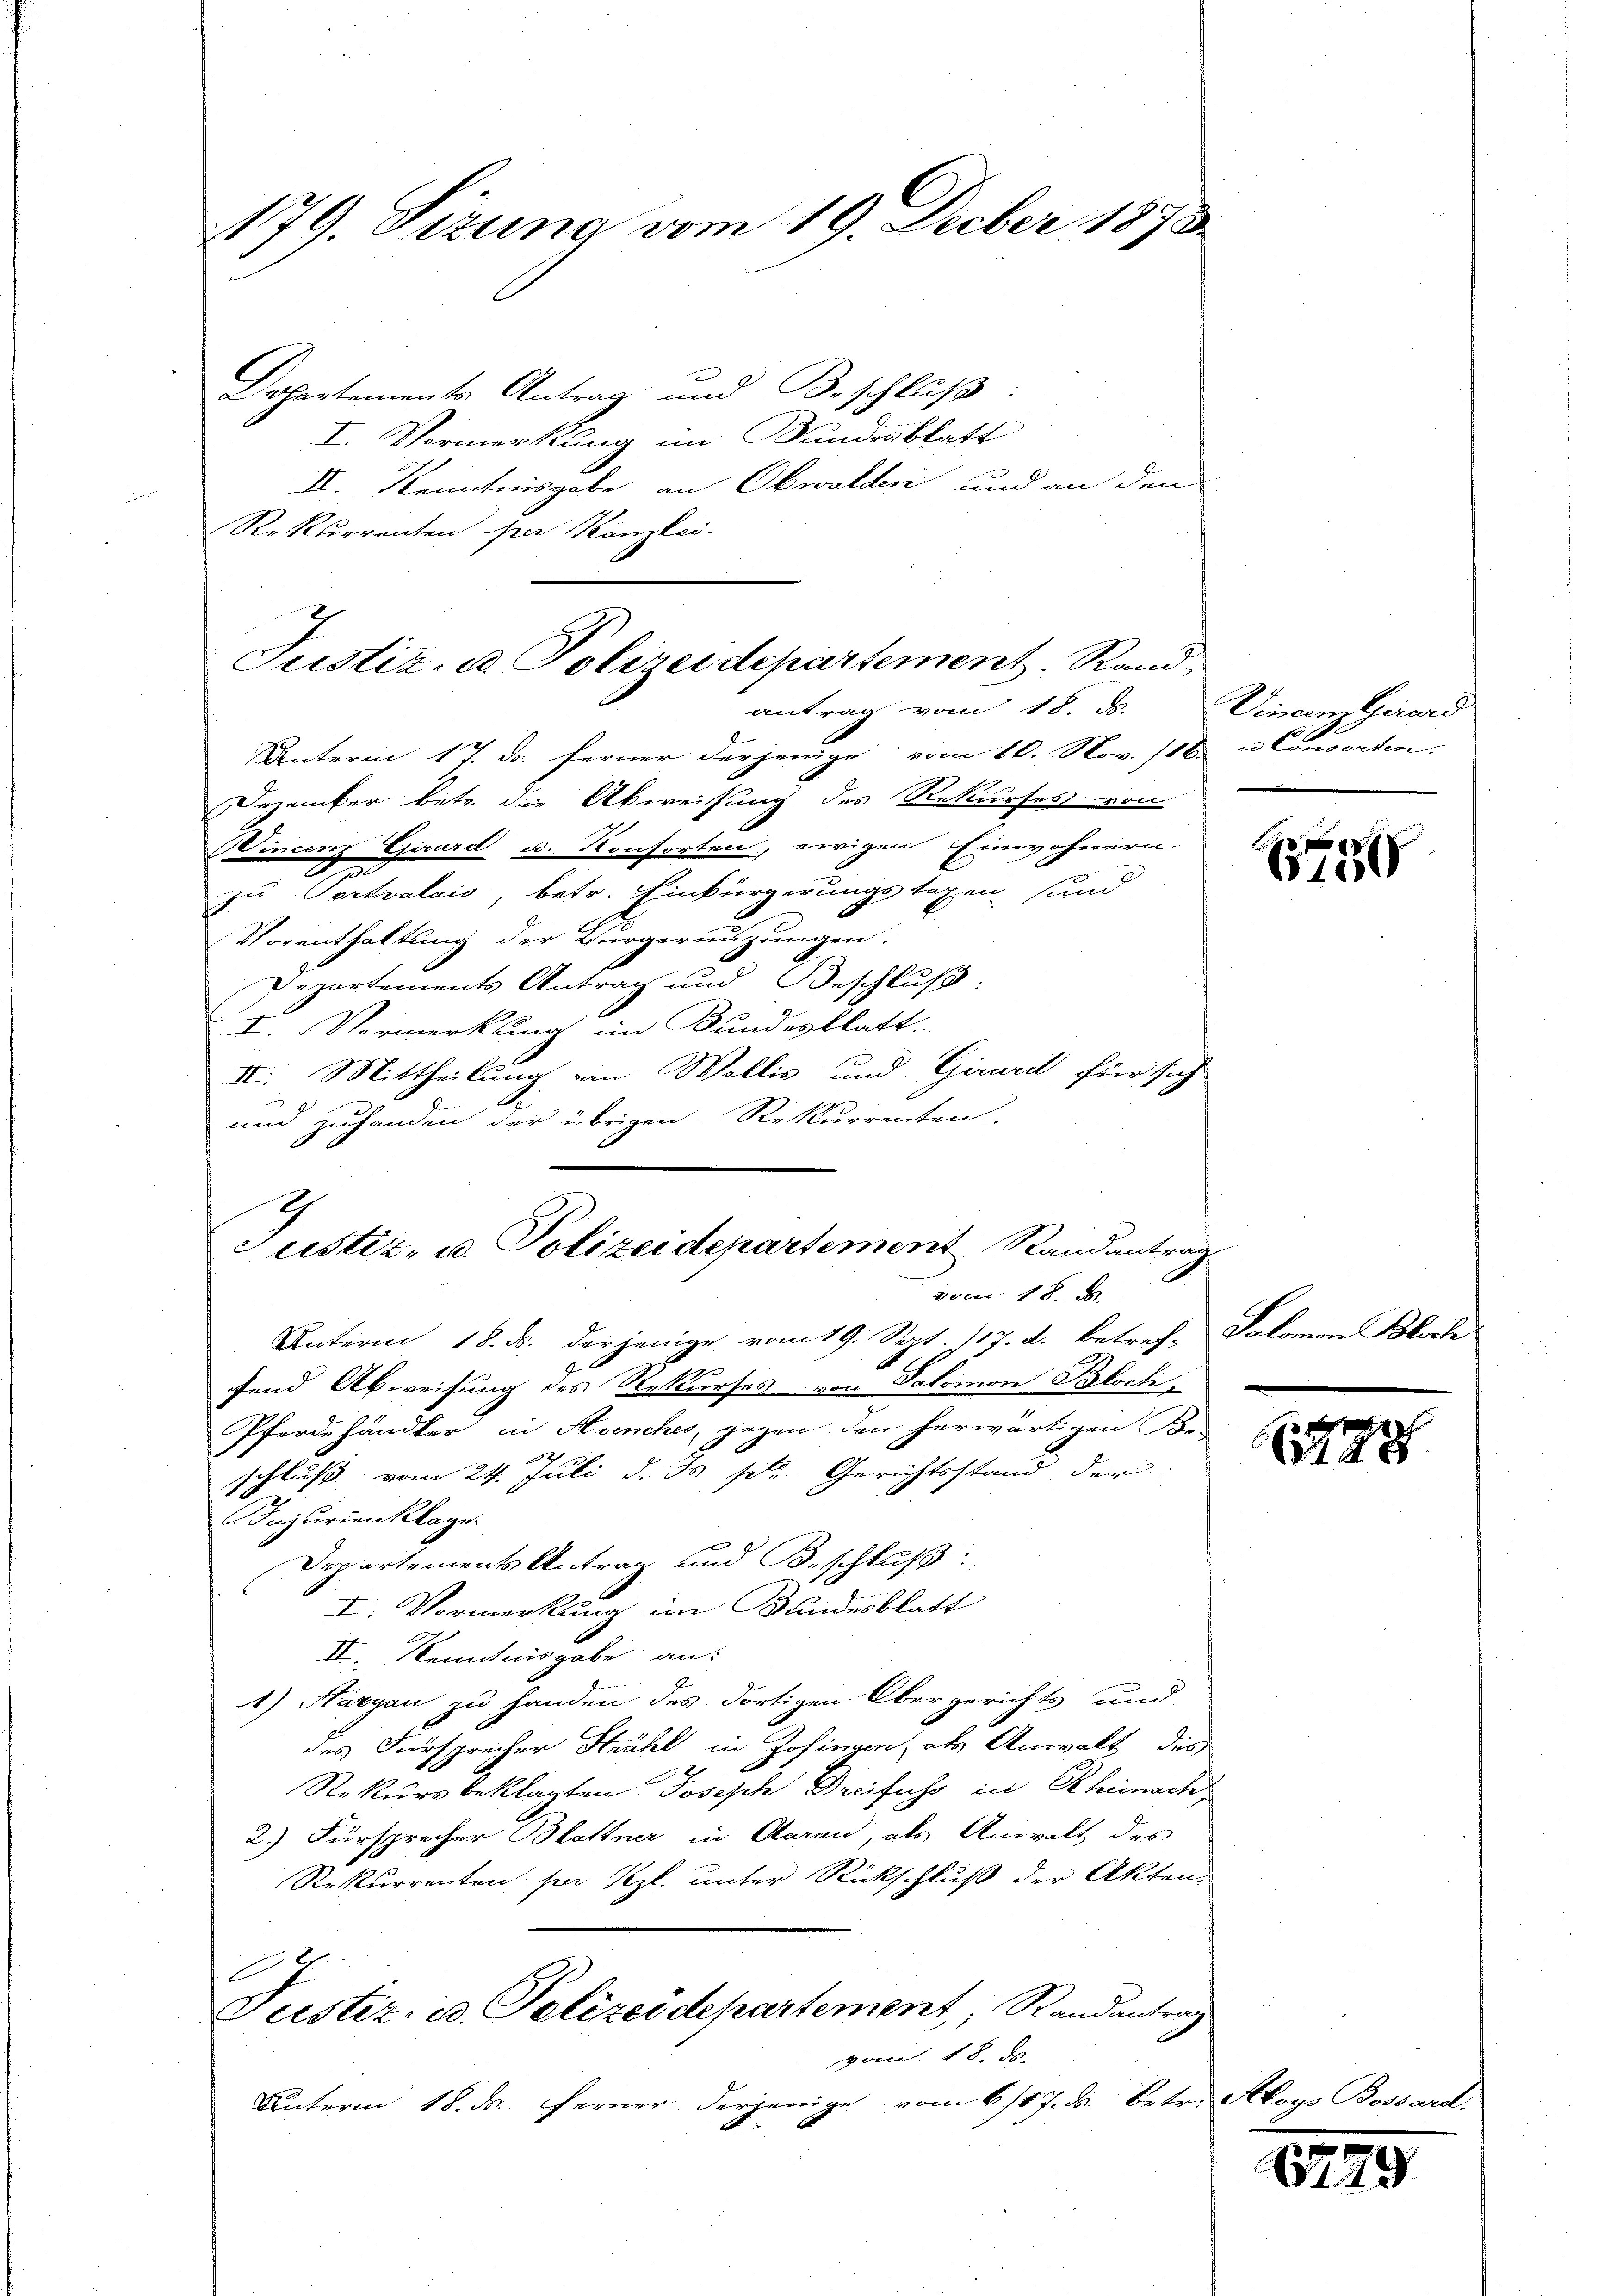
179. Sizung vom 19. Feber 1873.

Departements Antrag und Beschluß:
I. Vormerkung im Bundesblatt
II. Kenntnisgabe an Obwalden und an den
Rekurrenten par Kanzlei.
Unterm 17. d. ferner derjenige vom 16. Nov. 186 u. Consorten.
Dezember betr. die Abweisung des Rekurses von
Wincenz Ejirard u. Konsorten, ewigen Einwohnern
zu Cortvalais, betr. Einbürgerungstagen und
Vorenthaltung der Bürgeringŭngen.
Departements Antrag und Beschluß:
I. Vormerkung im Bundesblatt.
II. Mittheilung von Wollis und Girard für sich
und zuhanden der übrigen Rekurrenten.
von 18. B.
Unterm 18. ds. derjenige vom 19. Sept. 117. d. betref-
fend Abweisung des Rekurses von Salomon Bloch-
Pferdehändler in Avenches, gegen den herwärtigen Be-
schluß vom 24. Juli d. Js. pr. Gerichtsstand der
Injurienklage.
Departements Antrag und Beschluß:
I. Vormerkung im Bundesblatt
II. Kenntnisgabe an:
1) Aargau zu Handen des dortigen Obergerichts und
des Fürsprecher Strahl in Zofingen, als Anwalt des

Rekursbeklagten Joseph Dreifuss in Rheinach
2.) Fürsprecher Blattner in Garan, als Anwalt des
Rekurrenten her Sept. unter Rückschluß der Akten.

Justiz- u. Pelizeidepartement, Randantrag
von 18. d.
Unterm 18. ds. Ferner derjenige vom 6/17. ds. betr. Aloys

Justiz- u. Polizeidepartement. Rand
antrag vom 18. ds.

Justiz- u. Polizeidepartement Randantrag

Vincenz Girard

40 x
150

Salomon Bloch

98

.